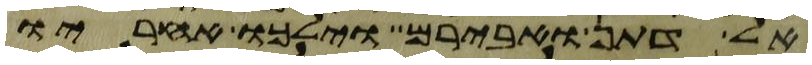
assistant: אל דתן ואבירם וילכו אחריו